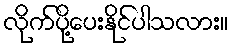
လိုက်ပို့ပေးနိုင်ပါသလား။